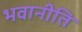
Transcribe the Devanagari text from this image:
भवानीति